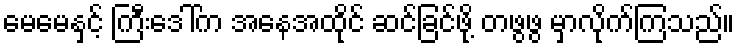
မေမေနှင့် ကြီးဒေါ်က အနေအထိုင် ဆင်ခြင်ဖို့ တဖွဖွ မှာလိုက်ကြသည်။